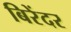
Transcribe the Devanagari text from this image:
बिरेंदर